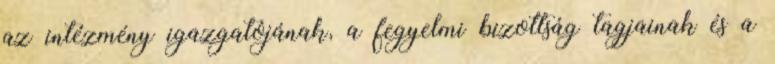
az intézmény igazgatójának, a fegyelmi bizottság tagjainak és a